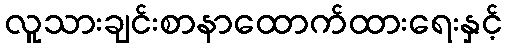
လူသားချင်းစာနာထောက်ထားရေးနှင့်